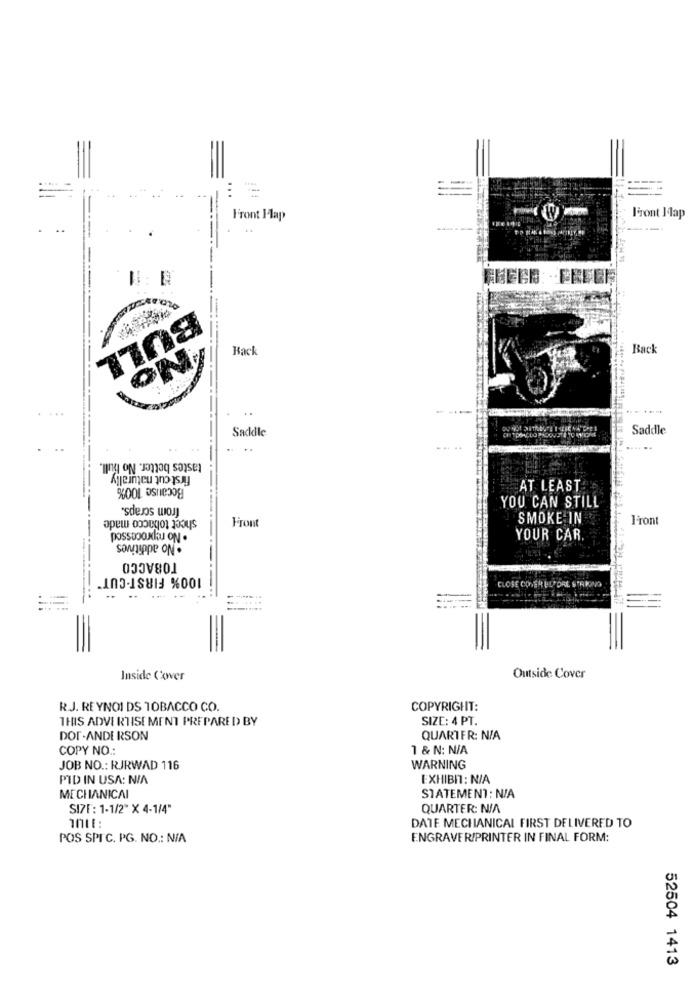
==
Front Ilap
Feront Idap
-
BULL
Back
Back
..
Saddle
Saddle
..
tastes better. No bull.
first cut naturally
Because 100%
AT LEAST
from scraps.
YOU CAN STILL
sheet tobacco made
Front
SMOKE IN
Front
possoookliu ON .
. No additives
YOUR CAR.
ГОВАССО
100% FIRST-CUT
CLOSE CODER EL ORE STARINO
==
Inside Cxwer
Outside Cover
R.J. REYNOI DS TOBACCO CO.
COPYRIGHT:
THIS ADVERTISE MENT PREPARED BY
SIZE: 4 PT.
DOP-ANDERSON
QUARTER: N/A
COPY NO.
1 & N: N/A
JOB NO .: RJRWAD 116
WARNING
PID IN USA: N/A
EXHIBI : N/A
MECHANICAL
STATEMENT: N/A
SI71 : 1-1/2" X 4-1/4"
QUARTER: N/A
DATE MECHANICAL FIRST DELIVERED TO
POS SPIC. PG. NO .: N/A
ENGRAVER/PRINTER IN FINAL FORM:
52504 1413